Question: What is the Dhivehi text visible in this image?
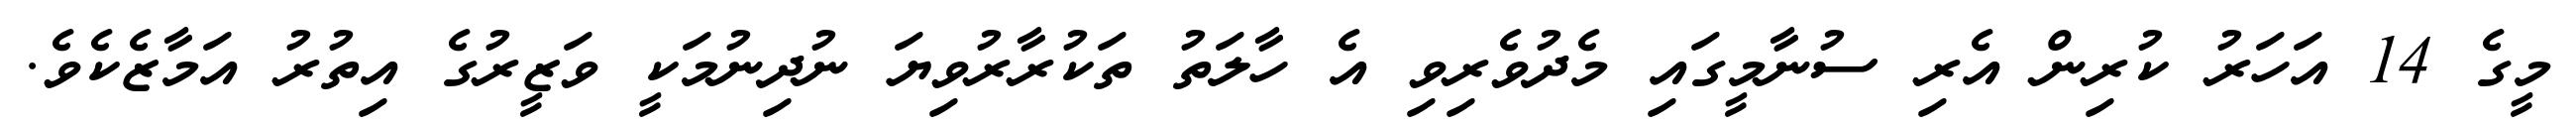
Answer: މީގެ 14 އަހަރު ކުރިން އެރި ސުނާމީގައި މެދުވެރިވި އެ ހާލަތު ތަކުރާރުވިޔަ ނުދިނުމަކީ ވަޒީރުގެ އިތުރު އަމާޒެކެވެ.